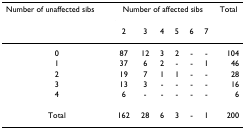
<table><thead><tr><td><b>Number of unaffected sibs</b></td><td colspan="6"><b>Number of affected sibs</b></td><td><b>Total</b></td></tr><tr><td></td><td><b>2</b></td><td><b>3</b></td><td><b>4</b></td><td><b>5</b></td><td><b>6</b></td><td><b>7</b></td><td></td></tr></thead><tbody><tr><td>0</td><td>87</td><td>12</td><td>3</td><td>2</td><td>-</td><td>-</td><td>104</td></tr><tr><td>1</td><td>37</td><td>6</td><td>2</td><td>-</td><td>-</td><td>1</td><td>46</td></tr><tr><td>2</td><td>19</td><td>7</td><td>1</td><td>1</td><td>-</td><td>-</td><td>28</td></tr><tr><td>3</td><td>13</td><td>3</td><td>-</td><td>-</td><td>-</td><td>-</td><td>16</td></tr><tr><td>4</td><td>6</td><td>-</td><td>-</td><td>-</td><td>-</td><td>-</td><td>6</td></tr><tr><td>Total</td><td>162</td><td>28</td><td>6</td><td>3</td><td>-</td><td>1</td><td>200</td></tr></tbody></table>